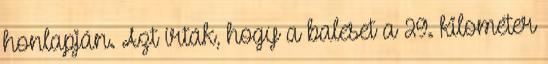
honlapján. Azt írták, hogy a baleset a 29. kilométer